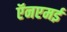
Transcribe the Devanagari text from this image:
ऍनएमई